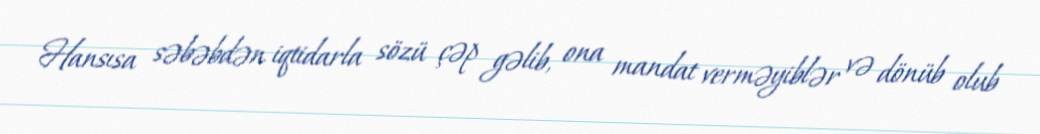
Hansısa səbəbdən iqtidarla sözü çəp gəlib, ona mandat verməyiblər və dönüb olub